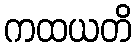
ကထယတိ